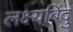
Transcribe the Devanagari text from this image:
लक्ष्यबिंदु